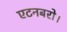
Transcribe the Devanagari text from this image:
एटनबरो।